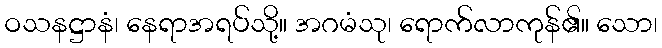
ဝသနဋ္ဌာနံ၊ နေရာအရပ်သို့။ အဂမံသု၊ ရောက်လာကုန်၏။ သော၊